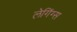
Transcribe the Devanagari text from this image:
लेगिंग्स